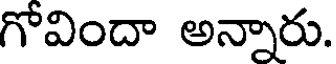
గోవిందా అన్నారు.